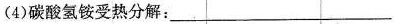
(4)碳酸氢铵受热分解：___